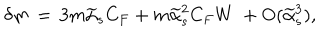
\delta m \, = \, 3 m \widetilde \alpha _ { s } C _ { F } + m \widetilde \alpha _ { s } ^ { 2 } C _ { F } W \ + \mathrm { O } ( \widetilde \alpha _ { s } ^ { 3 } ) ,